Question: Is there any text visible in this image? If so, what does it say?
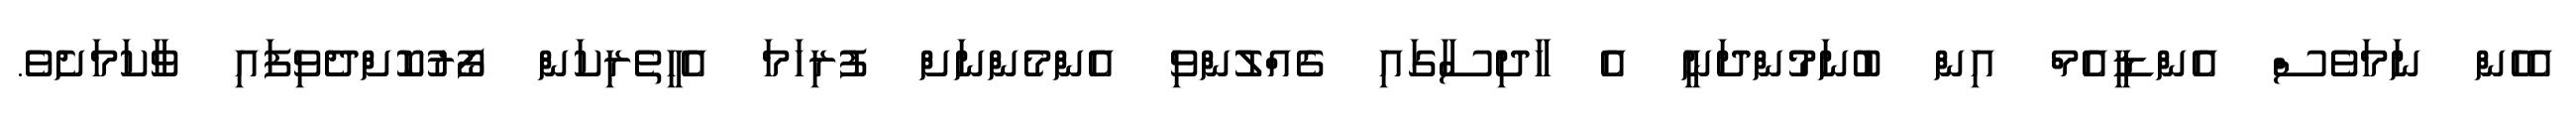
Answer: އެހެން ނަމަވެސް އެންޑީއެމް އިން ބުނަމުންދަނީ އެ ހާދިސާގައި ގެއްލުންވި އެންމެންނަށް ފުރިހަމަ އެހީތެރިކަން ފޯރުކޮށްދެވިފައި ވާކަމަށެވެ.